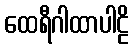
ထေရီဂါထာပါဠိ